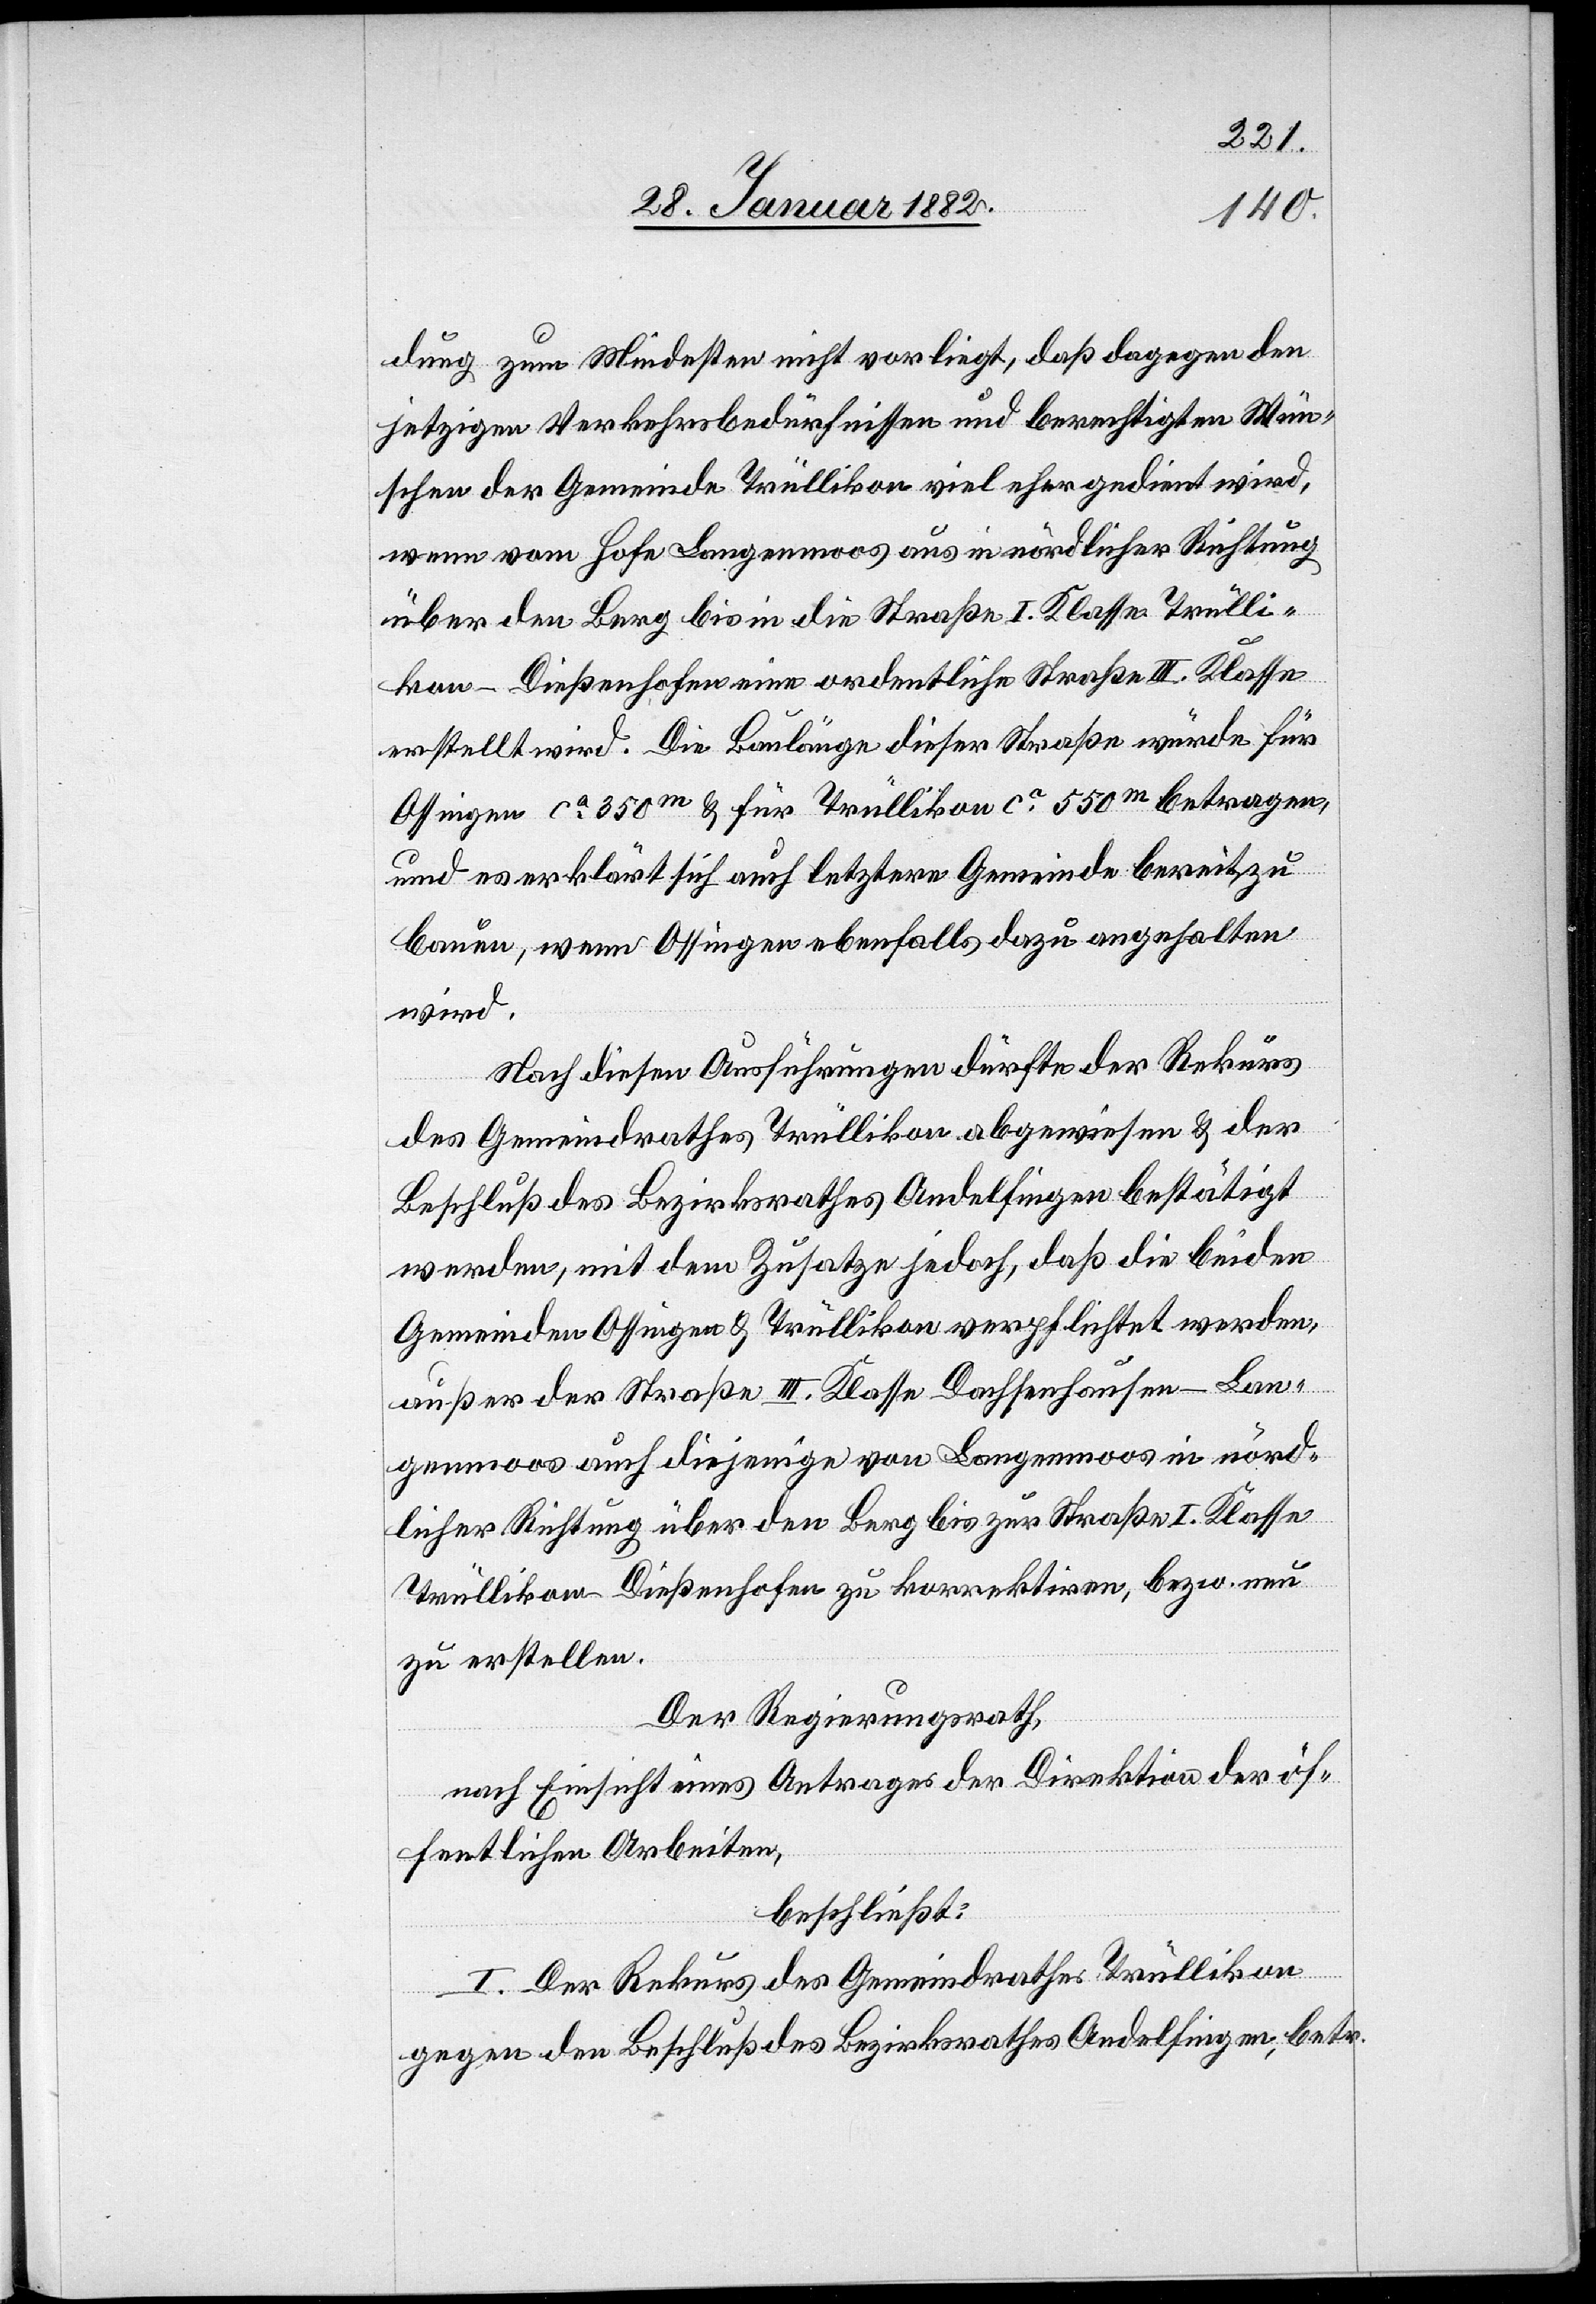
dung zum Mindesten nicht vorliegt, daß dagegen den
jetzigen Verkehrsbedürfnissen und berechtigten Wün¬
schen der Gemeinde Trüllikon viel eher gedient wird,
wenn vom Hofe Langenmoos aus in nördlicher Richtung
über den Berg bis in die Straße I. Klasse Trülli¬
kon–Dießenhofen eine ordentliche Straße III. Klasse
erstellt wird. Die Baulänge dieser Straße würde für
Ossingen ca 350m & für Trüllikon ca 550m betragen,
und erklärt sich auch letztere Gemeinde bereit, zu
bauen, wenn Ossingen ebenfalls dazu angehalten
wird.
Nach diesen Ausführungen dürfte der Rekurs
des Gemeindrathes Trüllikon abgewiesen & der
Beschluß des Bezirksrathes Andelfingen bestätigt
werden, mit dem Zusatze jedoch, daß die beiden
Gemeinden Ossingen & Trüllikon verpflichtet werden,
außer der Straße III. Klasse Dachsenhausen–Lan¬
genmoos auch diejenige von Langenmoos in nörd¬
licher Richtung über den Berg bis zur Straße I. Klasse
Trüllikon–Dießenhofen zu korrektiren, bezw. neu
zu erstellen.
Der Regierungsrath,
nach Einsicht eines Antrages der Direktion der öf¬
fentlichen Arbeiten,
beschließt:
I. Der Rekurs des Gemeindrathes Trüllikon
gegen den Beschluß des Bezirksrathes Andelfingen, betr.